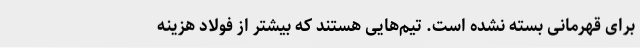
برای قهرمانی بسته نشده است. تیم‌هایی هستند که بیشتر از فولاد هزینه